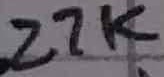
Text: 27K